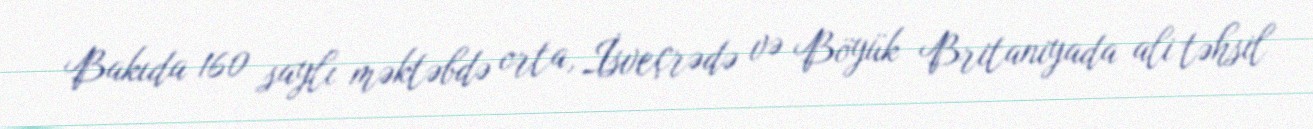
Bakıda 160 saylı məktəbdə orta, İsveçrədə və Böyük Britaniyada ali təhsil